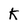
Character: k